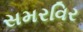
સમરવિર